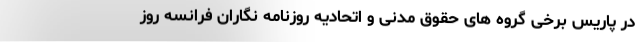
در پاریس برخی گروه های حقوق مدنی و اتحادیه روزنامه نگاران فرانسه روز